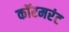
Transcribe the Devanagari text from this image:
कॉरमरंट